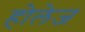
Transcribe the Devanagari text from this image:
होलेज